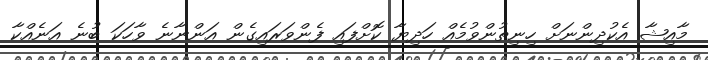
މާއިޝާ އެކުދިންނަށް ހިނިތުންވުމެއް ހަދިޔާ ކޮށްފައި ފެންވަރައިގެން އަންނާނެ ވާހަކަ ބުނެ އަނެއްކާ